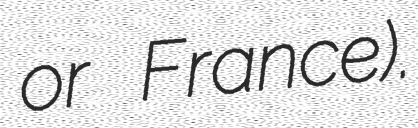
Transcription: or France).